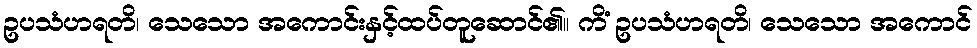
ဥပသံဟရတိ၊ သေသော အကောင်းနှင့်ထပ်တူဆောင်၏။ ကိံ ဥပသံဟရတိ၊ သေသော အကောင်